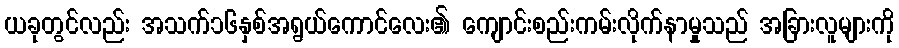
ယခုတွင်လည်း အသက်၁၆နှစ်အရွယ်ကောင်လေး၏ ကျောင်းစည်းကမ်းလိုက်နာမှုသည် အခြားလူများကို